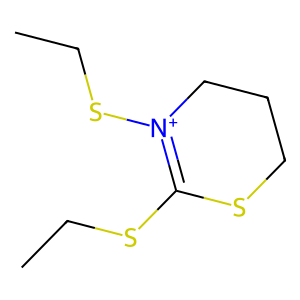
SMILES: CCSC1=[N+](SCC)CCCS1
Inhibits HIV replication: No